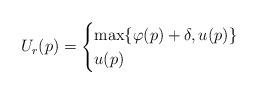
LaTeX: \begin{align*}U_r(p)=\begin{cases}\max\{\varphi(p)+\delta, u(p)\} & \\u(p) & \end{cases}\end{align*}